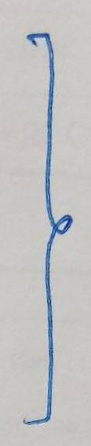
}